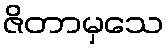
ဇိတာမှသေ